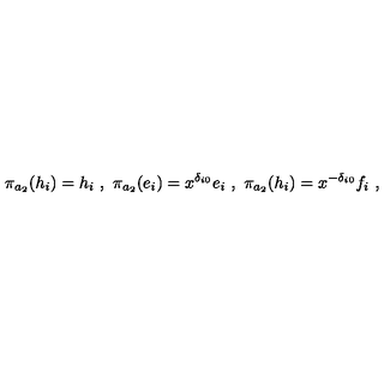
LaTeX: \pi _ { a _ { 2 } } ( h _ { i } ) = h _ { i } \ , \ \pi _ { a _ { 2 } } ( e _ { i } ) = x ^ { \delta _ { i 0 } } e _ { i } \ , \ \pi _ { a _ { 2 } } ( h _ { i } ) = x ^ { - \delta _ { i 0 } } f _ { i } \ ,